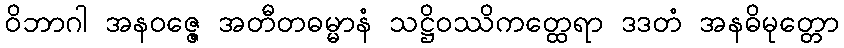
ဝိဘာဂါ အနဝဇ္ဇေ အတီတဓမ္မာနံ သဋ္ဌိဝဿိကတ္ထေရာ ဒဒတံ အနဓိမုတ္တော